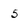
Character: 5